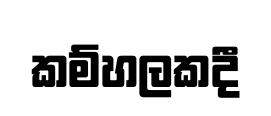
කම්හලකදී